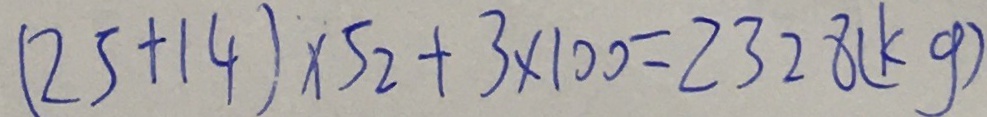
( 2 5 + 1 4 ) \times 5 2 + 3 \times 1 0 0 = 2 3 2 8 ( k g )